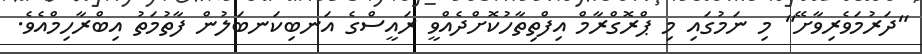
"ދަރުމަވެރިވާށޭ" މި ނަމުގައި މި ޕްރޮގްރާމް އިފްތިތާހުކޮށްދެއްވީ ރައީސްގެ އަނބިކަނބަލުން ފާތުމަތު އިބްރާހިމްއެވެ.